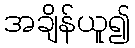
အချိန်ယူ၍